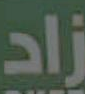
زاد